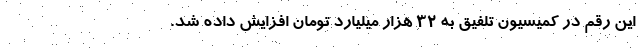
این رقم در کمیسیون تلفیق به ۳۲ هزار میلیارد تومان افزایش داده شد.